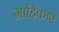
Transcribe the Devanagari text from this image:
ग्राहिकाएं